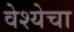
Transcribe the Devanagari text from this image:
वेश्येचा